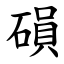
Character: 磒